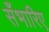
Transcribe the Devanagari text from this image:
सँभारिए